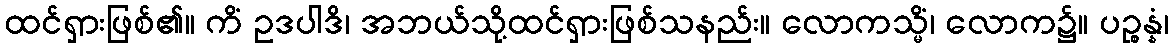
ထင်ရှားဖြစ်၏။ ကိံ ဥဒပါဒိ၊ အဘယ်သို့ထင်ရှားဖြစ်သနည်း။ လောကသ္မိံ၊ လောက၌။ ပဉ္စန္နံ၊